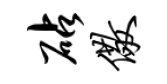
砧儆